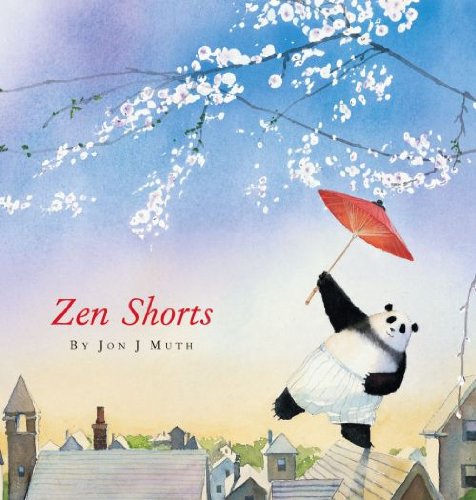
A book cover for Zen Shorts (Caldecott Honor Book); Jon J Muth; Children's Books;